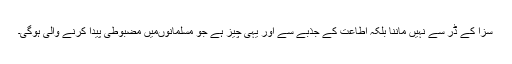
سزا کے ڈر سے نہیں ماننا بلکہ اطاعت کے جذبے سے اور یہی چیز ہے جو مسلمانوںمیں مضبوطی پیدا کرنے والی ہوگی۔